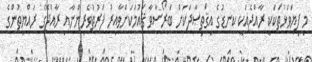
މި ފިޔަވަޅުތަކަކީ ރާއްޖެއަކީ ކނޑުގެ އިޤްތިޞާދަކަށް ބަރޯސާވާ ޤައުމަކަށްވާއިރު ފަރުތުވެރިންނާއި ރާއްޖޭގެ ރައްޔިތުންގެ